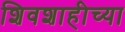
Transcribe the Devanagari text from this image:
शिवशाहीच्या